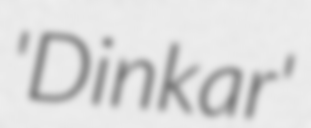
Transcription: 'Dinkar'